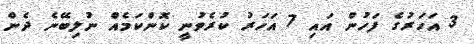
3 އަހަރުގެ ފަހުން އައި 7 އަހަރު ކުރެވުނީ ކޮންކަމެއް ނުލިބޭނެ ދެން